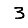
Digit: 3